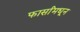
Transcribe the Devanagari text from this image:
फार्सांमधून